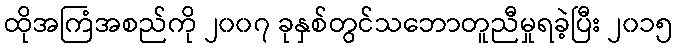
ထိုအကြံအစည်ကို ၂၀၀၇ ခုနှစ်တွင်သဘောတူညီမှုရခဲ့ပြီး ၂၀၁၅